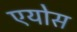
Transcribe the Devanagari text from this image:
एयोस